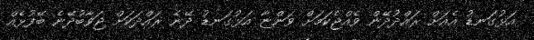
އަޅުގަނޑު އެއަށް ރައްދުދޭން ވެއްޖެކަމަށް ވަންޏާ އަޅުގަނޑު ދޭނެ ރައްދަކަށް ޖަވާބުދޭނެ ބޭފުޅެއް